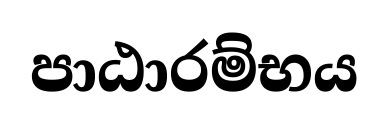
පාඨාරම්භය